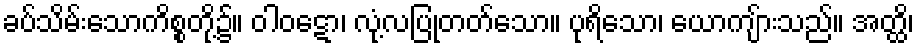
ခပ်သိမ်းသောကိစ္စတို့၌။ ဝါဝဋော၊ လုံ့လပြုတတ်သော။ ပုရိသော၊ ယောကျ်ားသည်။ အတ္ထိ၊